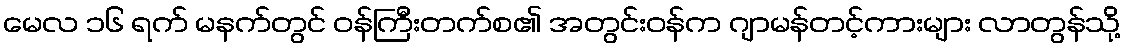
မေလ ၁၆ ရက် မနက်တွင် ဝန်ကြီးတက်စ၏ အတွင်းဝန်က ဂျာမန်တင့်ကားများ လာတွန်သို့